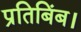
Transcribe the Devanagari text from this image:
प्रतिबिंब।